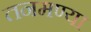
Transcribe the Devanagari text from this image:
तनमण्या